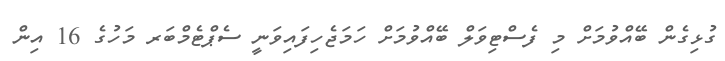
ގުޅިގެން ބޭއްވުމަށް މި ފެސްޓިވަލް ބޭއްވުމަށް ހަމަޖެހިފައިވަނީ ސެޕްޓެމްބަރ މަހުގެ 16 އިން